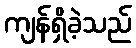
ကျန်ရှိခဲ့သည်